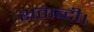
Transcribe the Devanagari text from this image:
शताब्दी।